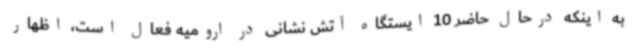
به اینکه درحال حاضر 10 ایستگاه آتش نشانی در ارومیه فعال است، اظهار